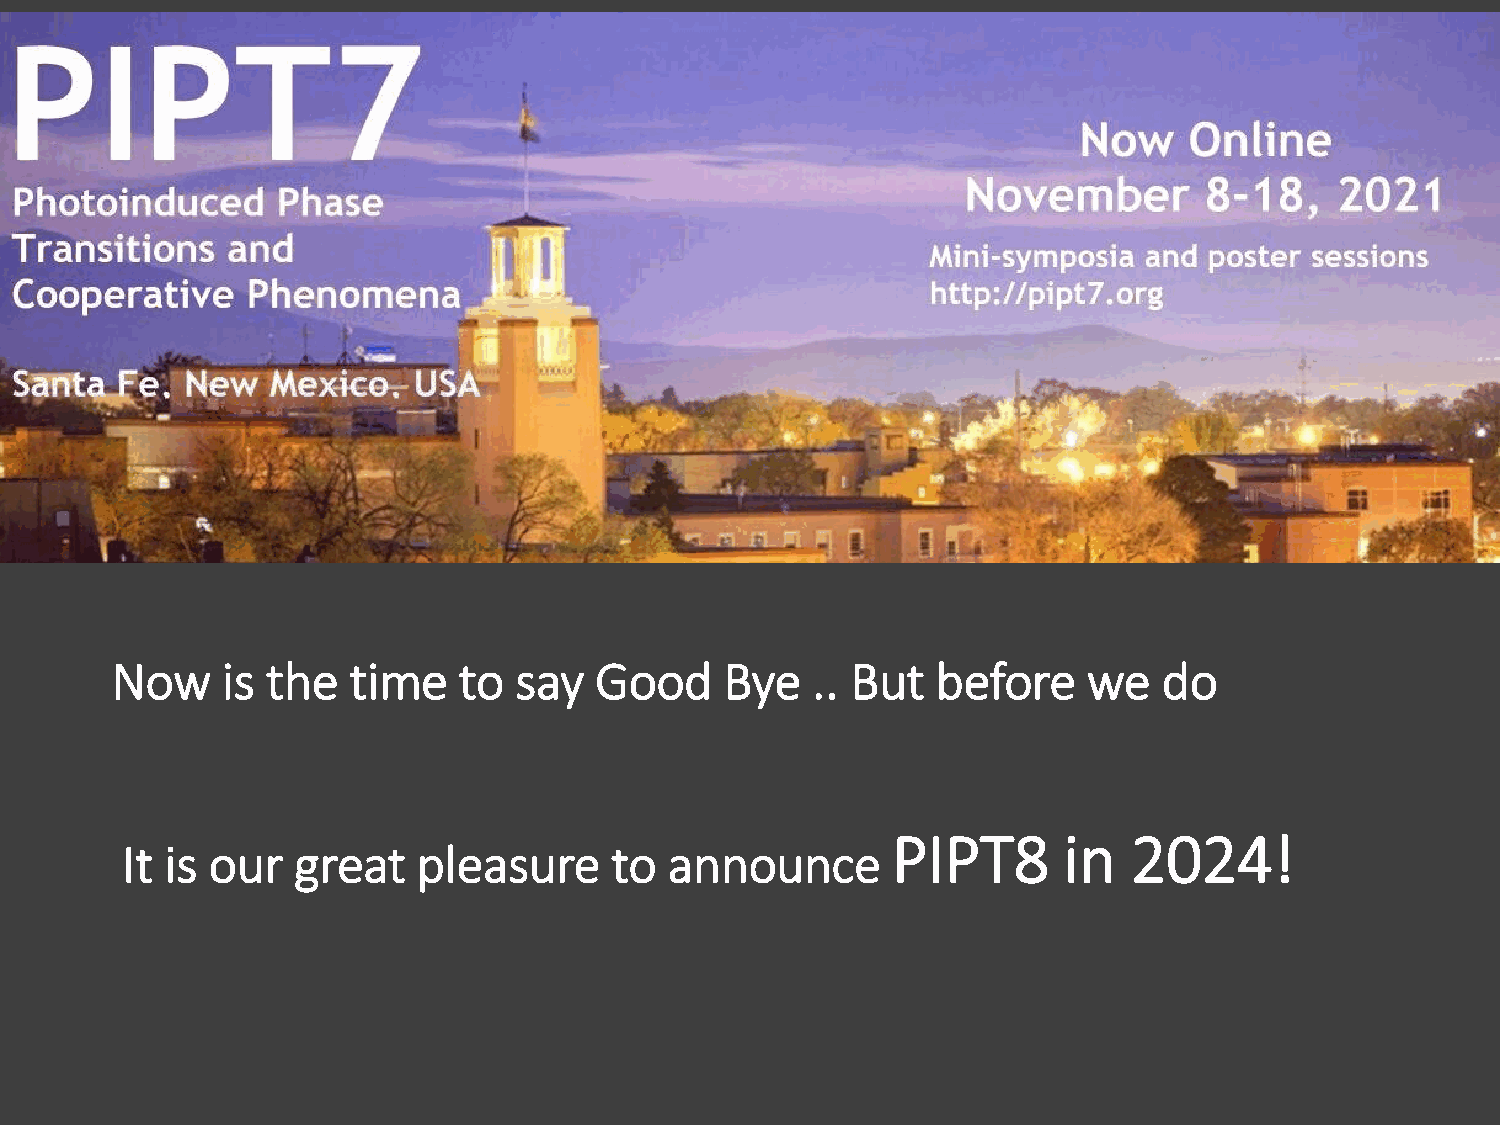
Now     is the  time   to  say  Good     Bye   .. But  before    we   do
 PIPT8      in   2024!
 It is our  great    pleasure    to  announce